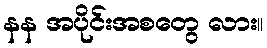
နန အပိုင်းအစတွေ လား။